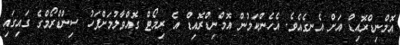
އޮމްނިޑްރޮއިޑް އަށް އެނގެއެވެ. އެހެންކަމުން އޮމްނިޑްރޮއިޑް އެ ރިމޯޓް ގޮއްވާލުމަށްފަހު ސިންޑްރޯމްގެ ގައިގައި